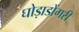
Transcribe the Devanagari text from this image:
घोड़ाडोंगरी